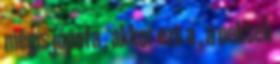
mégis jópofa , akkor ezt a , a nektek